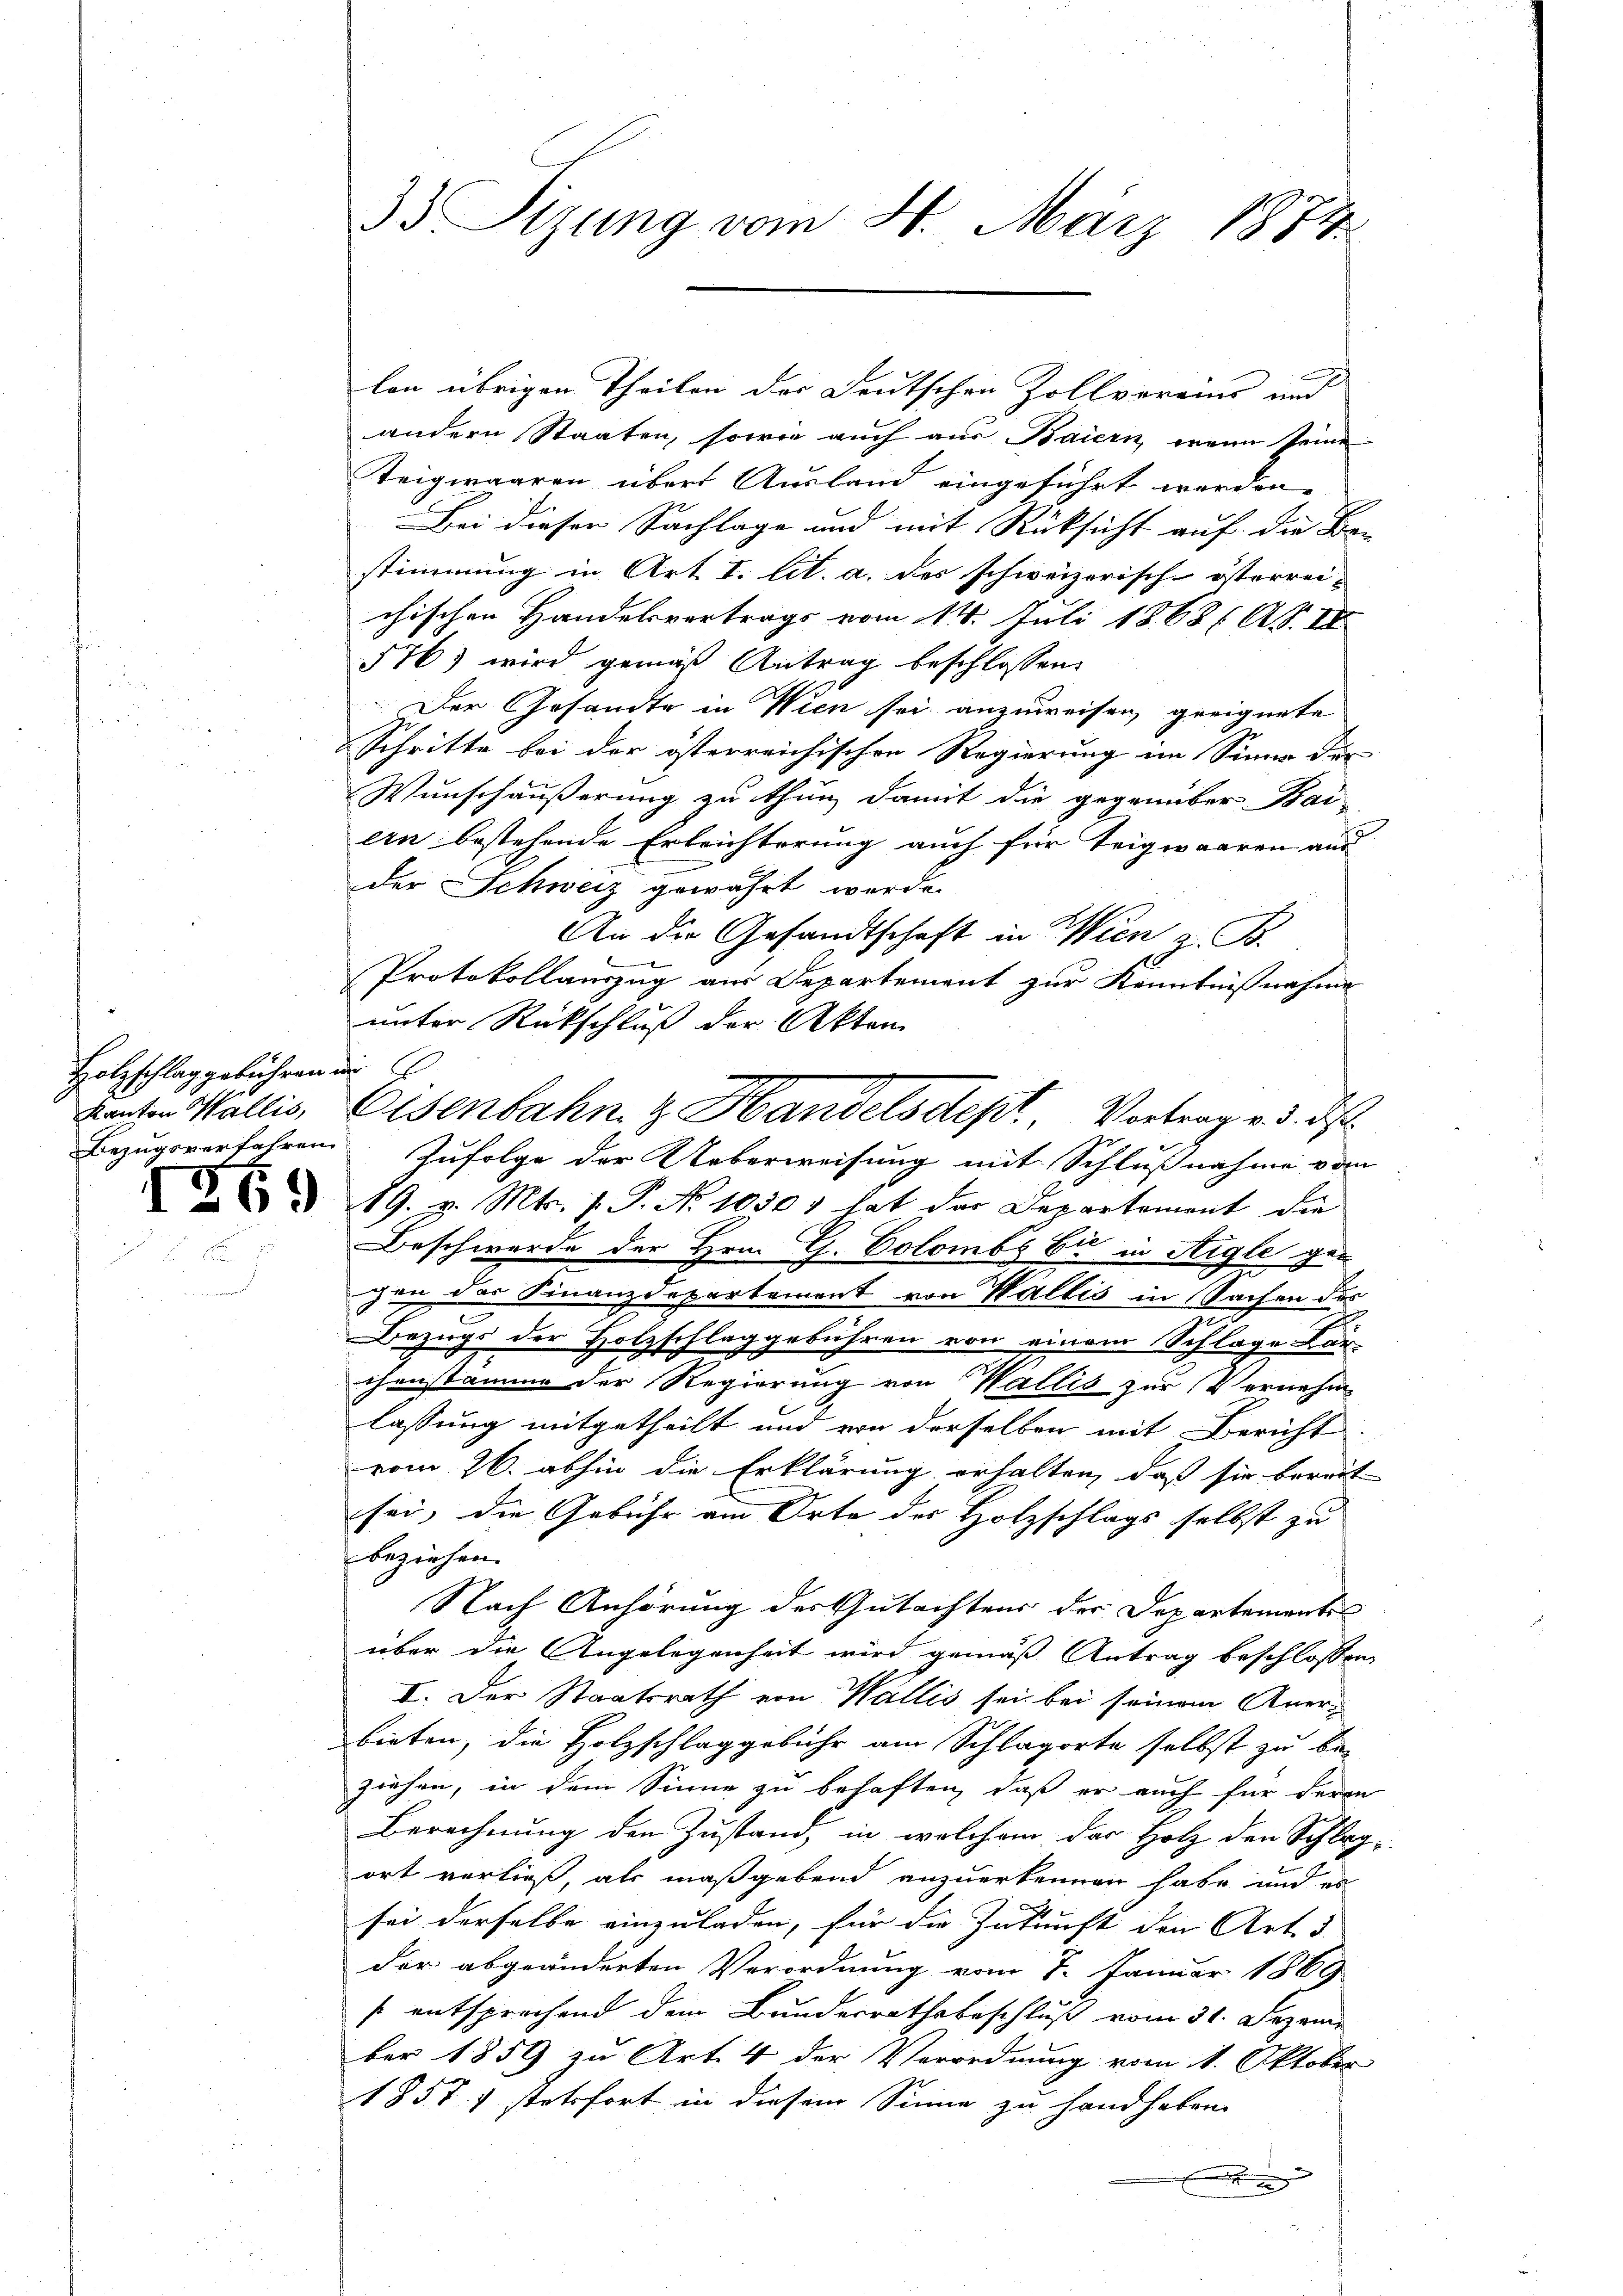
33 Sizung vom 8. März 1872

lon übrigen Theilen der Deutschen Zollvereins und

andern Staaten, sowie auch aus Baiern, wenn seine
Teigwaaren über Ausland eingeführt werden.
Bei dieser Sachlage und mit Rücksicht auf die Be-
stimmung in Art I. lit. a. des schweizerische österrei-
chischen Handelsvertrags vom 14. Juli 1868 (A. III
576) wird gemäß Antrag beschlossen:
zer Gesandte in Wien sei anzuweisen, geeignete
Schritte bei der österreichischen Regierung im Sinne der
Wunschäußerung zu thun, damit die gegenüber Bai-
ern bestehende Erleichterung auch für Teigwaaren aus
der Schweiz gewährt werde.
An die Gesandtschaft in Wien z. B.
Protokollauszug aus Departement zur Kenntnisnahme
unter Rückschluß der Akten
Bezugsverfahren Zufolge der Ueberweisung mit Schlußnahme vom
 d 19. v. Mts. 1. P. No 10307 hat der Departement die
Beschwerde der Hrn. G. Colombs bi in Aigle gen
chen der Finanzdepartement von Wallis in Sachen der
Bezugs der Holzschlag gebühren von einem Schlage Kar-
ihenstamme der Regierung von Wallis zur Vernehm
lassung mitgetheilt und von derselben mit Bericht
vom 26. abhin die Erklärung erhalten, daß sie bereit
sei, die Gebühr am Orte des Holzschlags selbst zu
beziehen.
Nach Anhörung des Gutachtens der Departementes
über die Angelegenheit wird gemäß Antrag beschlossen
I. Der Staatsrath von Wallis sei bei seinem Anerbieten, die Holzschlaggebühr am Schlagorte selbst zu be-
ziehen, in dem Sinne zu behaften, daß er auch für deren
Berechnung den Zustand in welchem das Holz den Schlag-
ort verließ, als maßgebend anzuerkennen habe und er
sei derselbe einzuladen, für die Zukunft den Art 5
der abgeänderten Verordnung vom 8. Januar 1869
s entsprechend dem Bundesrathsbeschluß vom 31. Dezem
ber 1859 zu Art. 4 der Verordnung vom 1. Oktober
1857 stetsfort in diesem Sinne zu handhaben.

Holzschlag gebühren der
Kanton Wallis,

Osenbahn z. Handelsdept. Vortrag v. 3. ds.

I